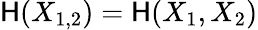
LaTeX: \mathsf{H}(X_{1,2})=\mathsf{H}(X_{1},X_{2})